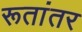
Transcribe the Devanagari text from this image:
रूतांतर